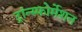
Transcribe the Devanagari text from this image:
ट्रांन्स्फोर्मेशन